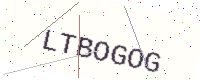
Text: LTBOGOG